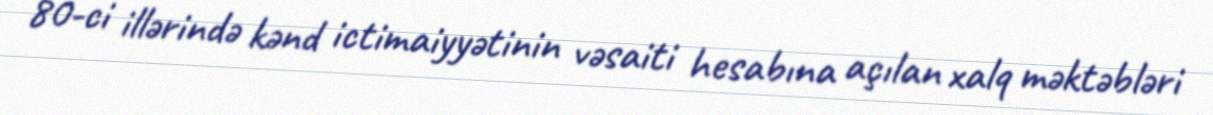
80-ci illərində kənd ictimaiyyətinin vəsaiti hesabına açılan xalq məktəbləri